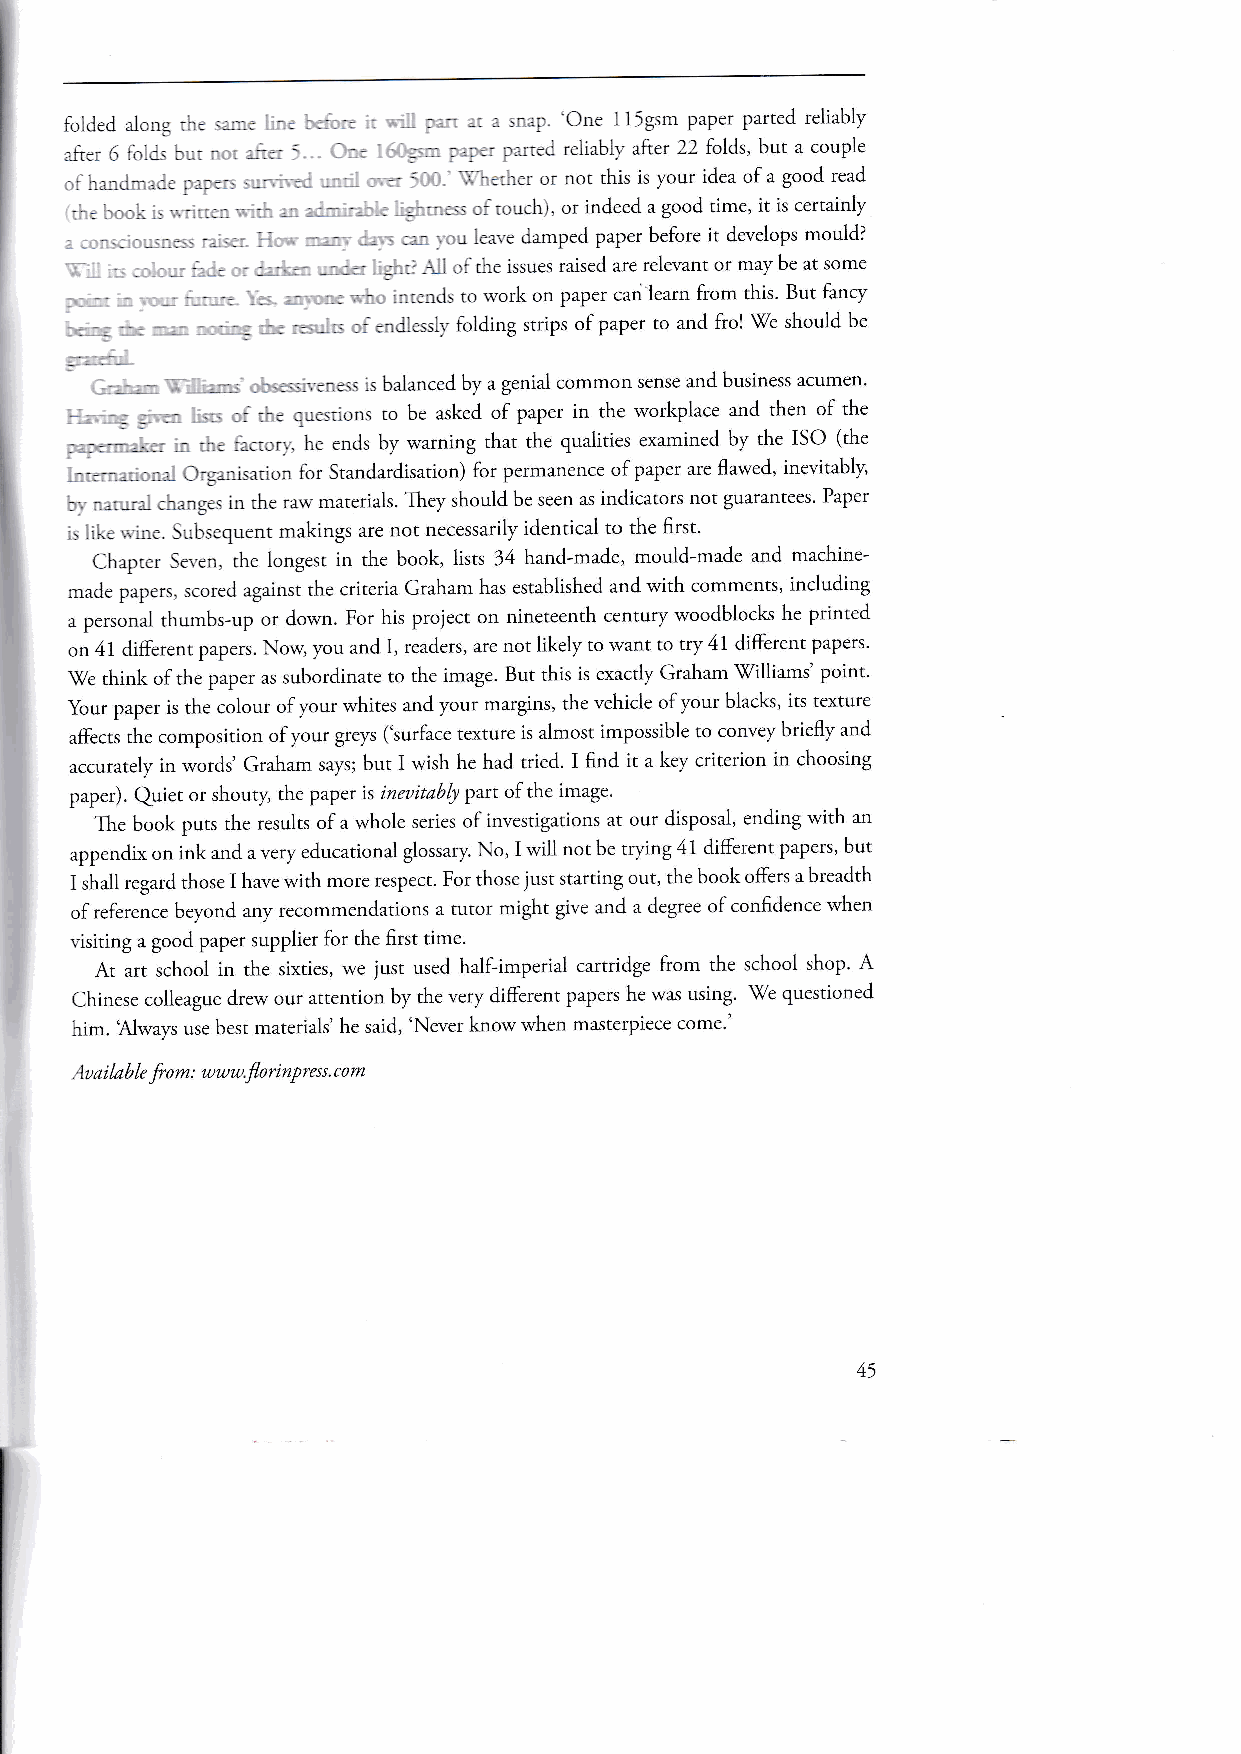
fblded alons lir..---. : :- : ' :. :,rri..'one 11igsm paper parted reliably
 :tier 6 lolcs :-,.- . :' r : -.,:. :.::edreiiabl)'after22 folds, butacouple
 .::.,-:lj::--.;. -:::. : :--- r- - r '', -,:::er or not this is your idea of a good read
 -: -- ., .: ..'.:,.--: - .' -- ' : - -.::: :,: :ou.ht, or indeed a good time, it is certainly
 - - - -, ::: ..:: . -. : -:. '. r.eat-e damped paper before it develops mould?
 " _  .,.,,--. : - - -- .- :,--, oftheissuesraisedarerelevantormaybeatsome
 ,: :   -:, i -riil.ls to u.orkon paper can learn from this. But fancy
 .: _ . :   I -: :i- ,: : --ii.sslr.tblding strips of paper to and frol we should be
 . -- , ::::-- r:r-r-i is baianced by a genial common sense and business acumen.
 - -_ . .- ,., : .-. :_.*estions to be asked of paper in the workplace and then of the
 . .. .:.:r .- .---: :.-:on-. he ends by warning that the qualities examined by the ISo (the
 , . :.:-., r. .1:Eanisation for Standardisation) for permanence of paper are flawed, inevitably,
 -..-:::'.:,: -:.rangis in rhe rarv marerials. They shouid be seen as indicators not guarantees' Paper
 'r .,<; Subsequent makings are not necessarily identical to the first'
 ""-nc,
 Chapter Se.'en. the longest in the book, lists 34 hand-made, mould-made and machine-
 made papers, scored against the criteria Graham has established and with comments, including
 a personal thumbs-up or down. For his project on nineteenth century woodblocks he printed
 on 41 differenr papers. Now, you and I, readers, are not likely to want to try 41 different papers.
 'We think of the paper as subordinate ro rhe image. But this is exactly Graham \Tilliams' point.
 your paper is the colour of your whites and your margins, the vehicle of your blacks, its texture
 affects the composition of your greys ('surface texture is almost impossible to convey brie{1y and
 accurately in words' Graham says; but I wish he had tried. I find it a key criterion in choosing
 paper). Quiet or shoury the paper is ineuitably part of the image'
 The book puts rhe results of a whole series of investigations at our disposal, ending with an
 appendix on ink and a very educational glossary. No, I will not be trving 41 different papers, but
 I shall regard those I have with more respect. For those just starting out, the book offers a breadth
 of reference beyond any recommendations a tutor might give and a degree of confidence when
 r.isiting a good paper supplier for the first time.
 At art schooi in the sixties, we ;ust used half-imperial cartridge from the school shop. A
 Chinese colleague drew our artenrion by the very different papers he was using. \7e questioned
 him. 'Always use best materials' he said, 'Never know rvhen masterpiece come.'
 lua i la b le fo m : w ww.flo ri n P ress. com
 45